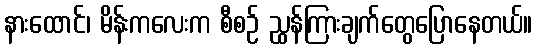
နားထောင်၊ မိန်းကလေးက စီစဉ် ညွှန်ကြားချက်တွေပြောနေတယ်။